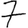
Digit: 7